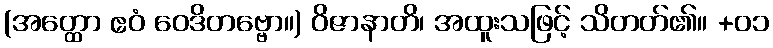
(အတ္ထော ဧဝံ ဝေဒိတဗ္ဗော။) ဝိဇာနာတိ၊ အထူးသဖြင့် သိတတ်၏။ +၀၁